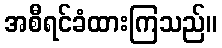
အစီရင်ခံထားကြသည်။